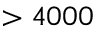
> 4 0 0 0